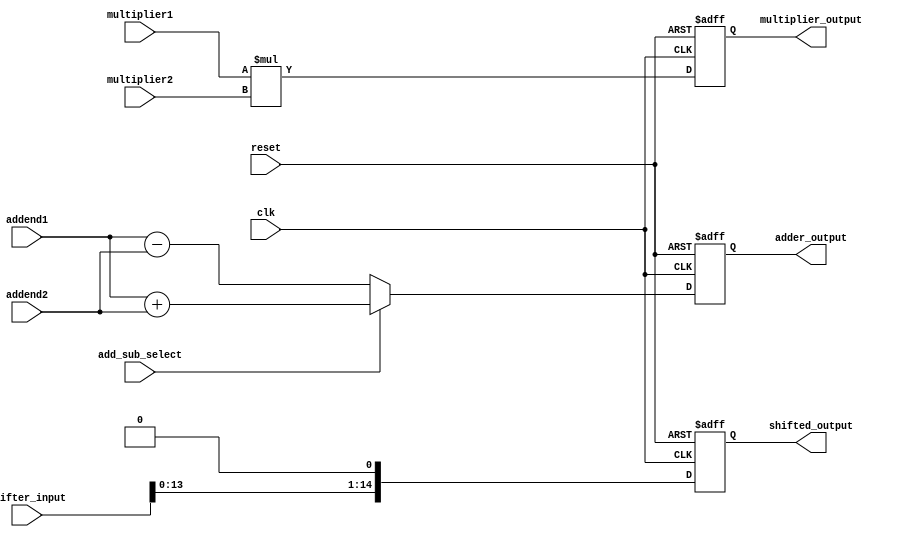
module half_precision_fpu (
    input wire clk,
    input wire reset,
    // adder inputs
    input wire [15:0] addend1,
    input wire [15:0] addend2,
    input wire add_sub_select,
    // adder outputs
    output reg [15:0] adder_output,
    // multiplier inputs
    input wire [7:0] multiplier1,
    input wire [7:0] multiplier2,
    // multiplier output
    output reg [15:0] multiplier_output,
    // shifter inputs
    input wire [14:0] shifter_input,
    // shifter output
    output reg [14:0] shifted_output
);

// adder module
always @ (posedge clk or negedge reset) begin
    if (!reset) begin
        adder_output <= 16'h0;
    end else begin
        if (add_sub_select) begin
            adder_output <= addend1 + addend2;
        end else begin
            adder_output <= addend1 - addend2;
        end
    end
end

// multiplier module
always @ (posedge clk or negedge reset) begin
    if (!reset) begin
        multiplier_output <= 16'h0;
    end else begin
        multiplier_output <= multiplier1 * multiplier2;
    end
end

// shifter module
always @ (posedge clk or negedge reset) begin
    if (!reset) begin
        shifted_output <= 15'h0;
    end else begin
        shifted_output <= shifter_input << 1;
    end
end

endmodule